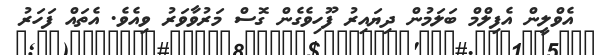
އެވްލީން އެފިލްމް ބަލަމުން ދިޔައިރު ފޫހިވެގެން ގޮސް މަރުވާވަރު ވިއެވެ. އެތައް ފަހަރު